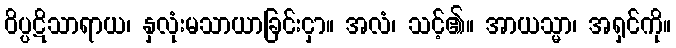
ဝိပ္ပဋိသာရာယ၊ နှလုံးမသာယာခြင်းငှာ။ အလံ၊ သင့်၏။ အာယသ္မာ၊ အရှင်ကို။